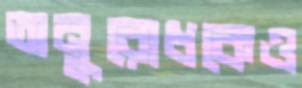
অনুরোধকেও